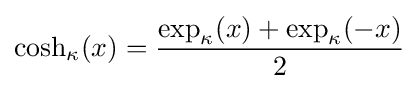
\cosh _{\kappa }(x)={\frac {\exp _{\kappa }(x)+\exp _{\kappa }(-x)}{2}}